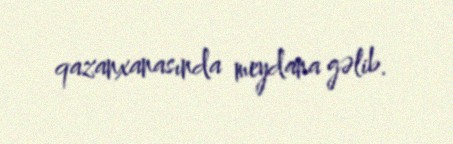
qazanxanasında meydana gəlib.